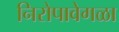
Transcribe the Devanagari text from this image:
निरोपावेगळा